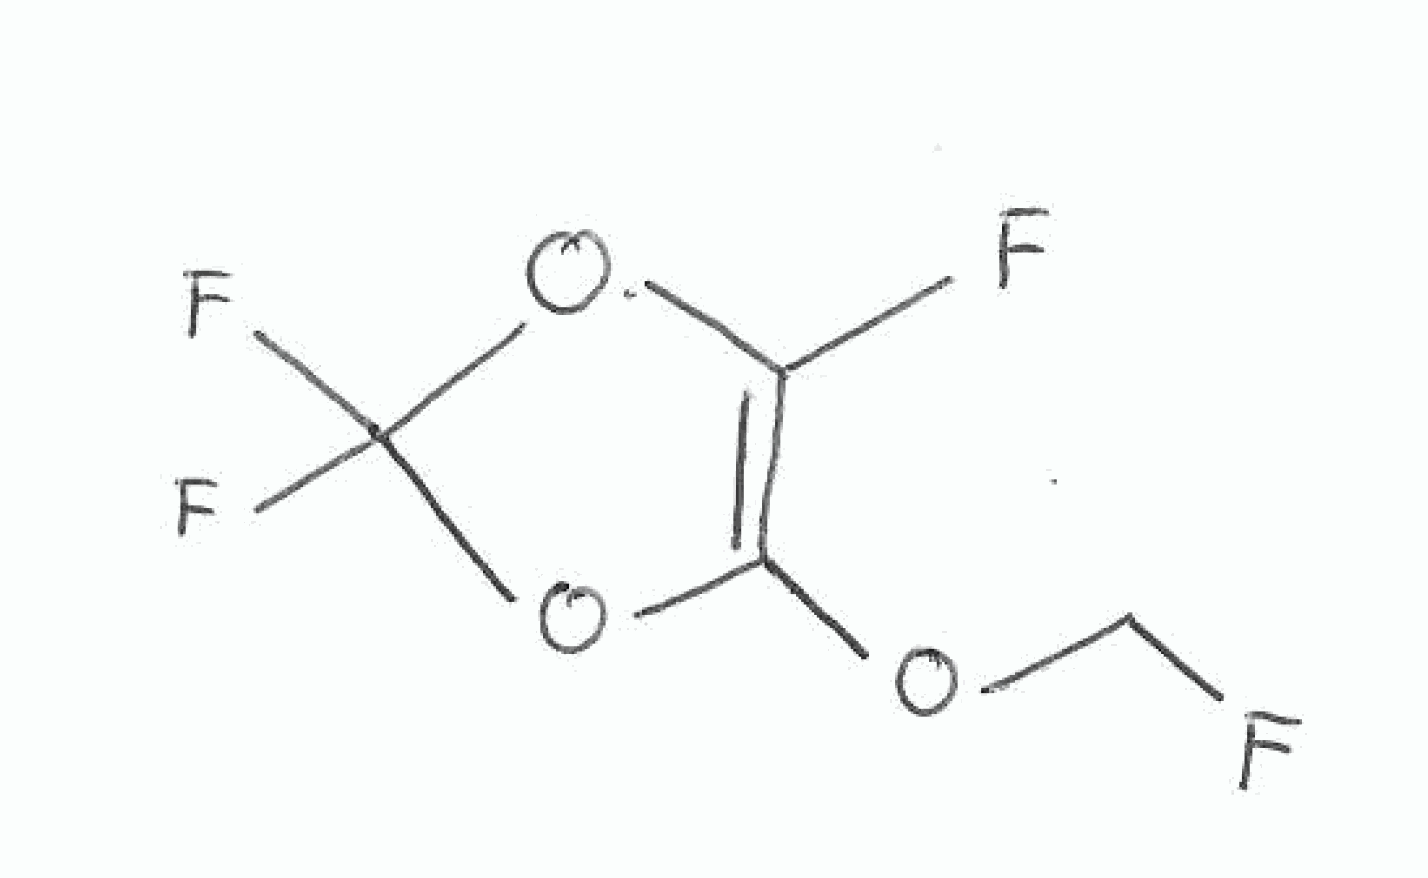
Simplified molecular-input line-entry system (SMILES) notation of the given molecule:
C(OC1=C(OC(O1)(F)F)F)F